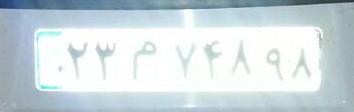
۲۳م۷۴۸۹۸